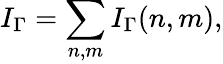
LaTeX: I_{\Gamma}=\sum_{n,m}I_{\Gamma}(n,m),